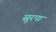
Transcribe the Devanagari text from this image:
सुरपा